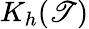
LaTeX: K_{h}(\mathscr{T})